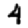
Digit: 4